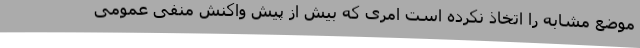
موضع مشابه را اتخاذ نکرده است امری که بیش از پیش واکنش منفی عمومی